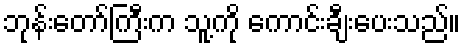
ဘုန်းတော်ကြီးက သူ့ကို ကောင်းချီးပေးသည်။